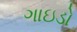
ગાઇડો